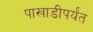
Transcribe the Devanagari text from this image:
पाखाडीपर्यंत